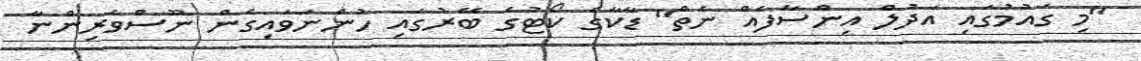
"މި ގައުމުގައި އަދުލް އިންސާފެއް ނެތް" ޑާކާގެ ކޯޓުގެ ބޭރުގައި ހުންނަވައިގެން ނޫސްވެރިންނާ